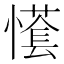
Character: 𢢮